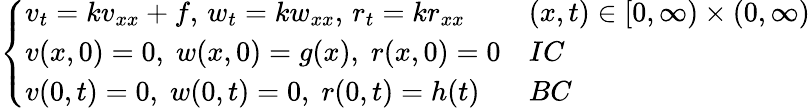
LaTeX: \left\{ \begin{array}{ll}{v_{t}=kv_{xx}+f,\, w_{t}=kw_{xx},\, r_{t}=kr_{xx}}&{(x,t)\in[0,\infty)\times(0,\infty)}\\ {v(x,0)=0,\; w(x,0)=g(x),\; r(x,0)=0}&{IC}\\ {v(0,t)=0,\; w(0,t)=0,\; r(0,t)=h(t)}&{BC}\end{array}\right.